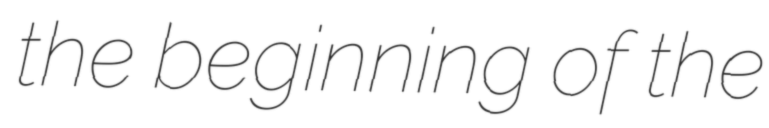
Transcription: the beginning of the